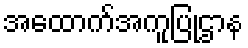
အထောက်အကူပြုဌာန